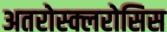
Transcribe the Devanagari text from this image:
अतरोस्क्लरोसिस